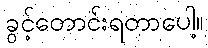
ခွင့်တောင်းရတာပေါ့။